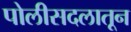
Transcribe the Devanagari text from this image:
पोलीसदलातून